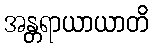
အန္တရာယာယာတိ